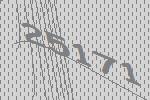
25171